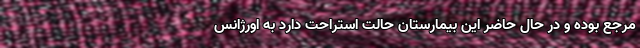
مرجع بوده و در حال حاضر این بیمارستان حالت استراحت دارد به اورژانس